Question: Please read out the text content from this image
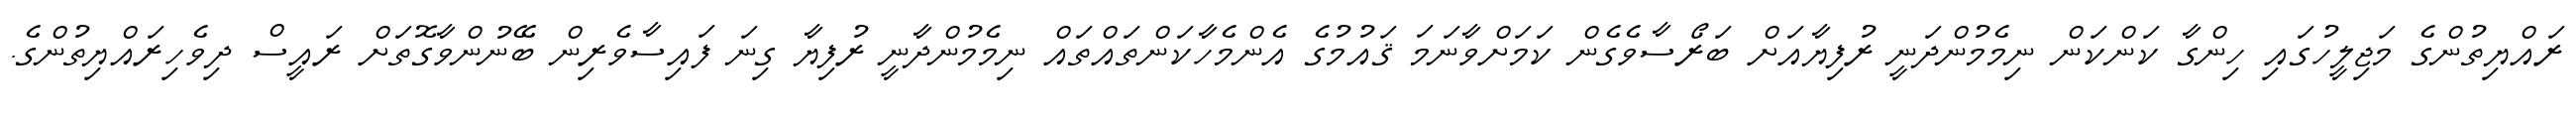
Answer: ރައްޔިތުންގެ މަޖިލީހުގައި ހިންގާ ކަންކަން ނިމެމުންދަނީ ރުފިޔާއަށް ބަރޯސާވެގެން ކަމަށްވާނަމަ ޤައުމުގެ އެންމެހާކަންތައްތައް ނިމެމުންދާނީ ރުފިޔާ ގިނަ ފައިސާވެރިން ބޭނުންވާގޮތަށް ރައީސް ދިވެހިރައްޔިތުންގެ.